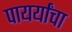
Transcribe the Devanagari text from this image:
पायर्यांचा